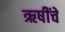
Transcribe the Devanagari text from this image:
ऋषींचें